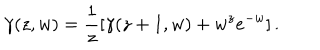
LaTeX: \gamma ( z , w ) = \frac { 1 } { z } \left[ \gamma ( z + 1 , w ) + w ^ { z } e ^ { - w } \right] .